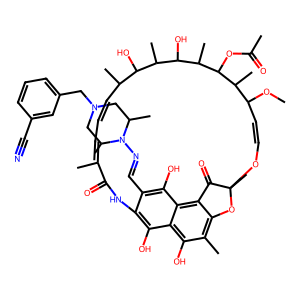
SMILES: COC1C=COC2(C)Oc3c(C)c(O)c4c(O)c(c(C=NN5C(C)CN(Cc6cccc(C#N)c6)CC5C)c(O)c4c3C2=O)NC(=O)C(C)=CC=CC(C)C(O)C(C)C(O)C(C)C(OC(C)=O)C1C
Inhibits HIV replication: No